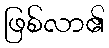
ဖြစ်လာ၏